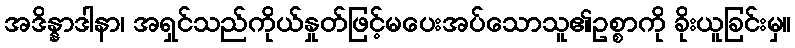
အဒိန္နာဒါနာ၊ အရှင်သည်ကိုယ်နှုတ်ဖြင့်မပေးအပ်သောသူ၏ဥစ္စာကို ခိုးယူခြင်းမှ။